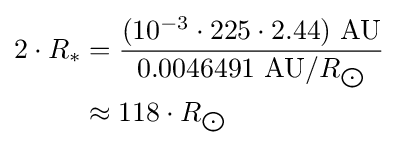
{\begin{aligned}2\cdot R_{*}&={\frac {(10^{-3}\cdot 225\cdot 2.44)\ {\text{AU}}}{0.0046491\ {\text{AU}}/R_{\bigodot }}}\\&\approx 118\cdot R_{\bigodot }\end{aligned}}